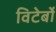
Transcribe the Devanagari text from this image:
विटेर्बो